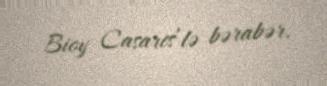
Bioy Casares’lə bərabər.